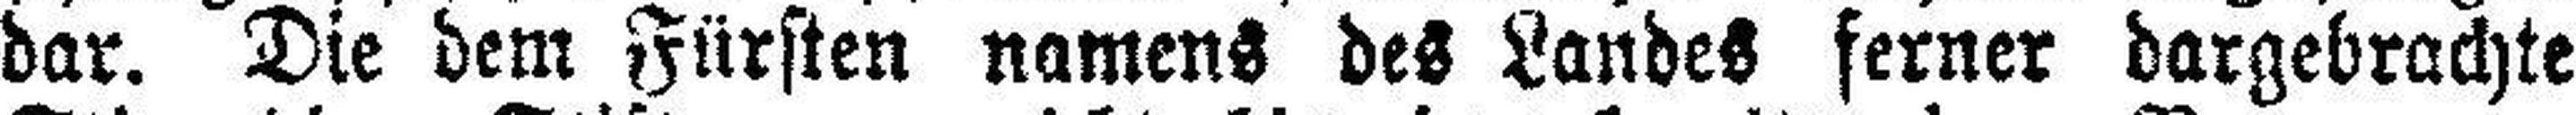
dar. Die dem Fürsten namens des Landes ferner dargebrachte